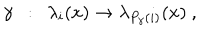
LaTeX: \gamma ~ ~ : ~ ~ \lambda _ { i } ( x ) \rightarrow \lambda _ { P _ { \gamma } ( i ) } ( x ) ~ ,